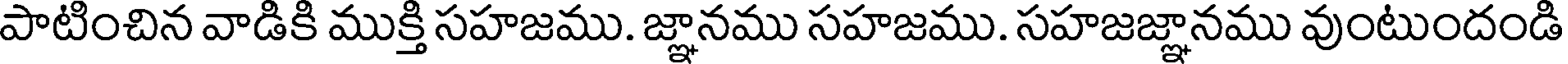
పాటించిన వాడికి ముక్తి సహజము. జ్ఞానము సహజము. సహజజ్ఞానము వుంటుందండి